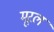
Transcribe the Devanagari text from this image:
मूरल